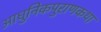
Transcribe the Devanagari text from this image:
आधुनिकपुराणकथा